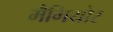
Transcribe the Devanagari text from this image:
मैगियोर